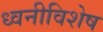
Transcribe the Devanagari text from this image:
ध्वनीविशेष